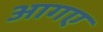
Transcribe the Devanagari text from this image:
आगए